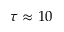
\tau \approx 1 0